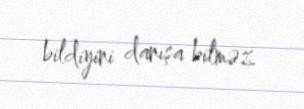
bildiyini danışa bilməz.